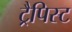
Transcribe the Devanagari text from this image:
ट्रैपिस्ट